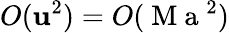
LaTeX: O(\mathbf{u}^{2})=O(\mathrm{{~M~a~}}^{2})